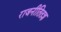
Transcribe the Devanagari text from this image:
राजनीतितज्ञ